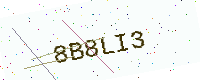
Text: 8B8LI3